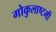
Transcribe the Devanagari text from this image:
गोकुलाष्टमी